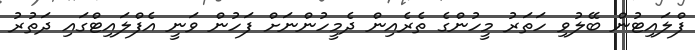
ފްލައިޓުން ބޭލުވި ހަތަރު މީހުންގެ ތެރެއިން ދެމީހުންނަށް ފަހުން ވަނީ އެފްލައިޓްގައި ދަތުރު